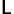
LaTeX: _\mathsf{L}